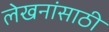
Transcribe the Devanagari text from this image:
लेखनांसाठी